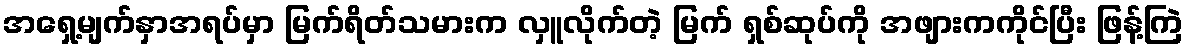
အရှေ့မျက်နှာအရပ်မှာ မြက်ရိတ်သမားက လှူလိုက်တဲ့ မြက် ရှစ်ဆုပ်ကို အဖျားကကိုင်ပြီး ဖြန့်ကြဲ